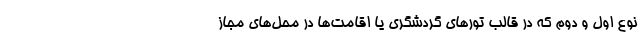
نوع اول و دوم که در قالب تورهای گردشگری یا اقامت‌ها در محل‌های مجاز